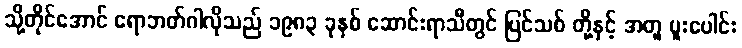
သို့တိုင်အောင် ရောဘတ်ဂါလိုသည် ၁၉၈၃ ခုနှစ် ဆောင်းရာသီတွင် ပြင်သစ် တို့နှင့် အတူ ပူးပေါင်း